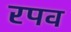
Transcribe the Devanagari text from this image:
रपव